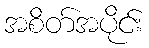
အစိတ်အပိုင်း